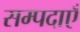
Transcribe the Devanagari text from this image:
सम्पदाएँ